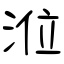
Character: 涖